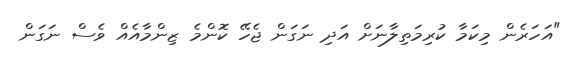
"އަހަރެން މިކަމާ ކުރިމަތިލާނަށް އަދި ނަގަން ޖެހޭ ކޮންމެ ޒިންމާއެއް ވެސް ނަގަން